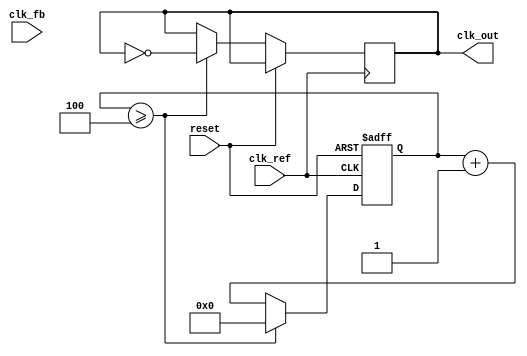
module CP_PLL (
    input wire clk_ref,         // Reference clock input
    input wire clk_fb,          // Feedback clock input
    input wire reset,           // Asynchronous reset
    output reg clk_out          // Output clock
);

// Parameters
parameter N = 4;               // Division ratio for feedback divider
parameter Kp = 1;              // Charge pump gain (current source)
parameter Kvco = 1;            // VCO gain (frequency per voltage)

// Internal signals
reg [1:0] pfd_state;           // State of the Phase Frequency Detector
reg [7:0] charge_pump_output;  // Charge pump output voltage (scaled)
reg [7:0] loop_filter_output;   // Filtered voltage to VCO
reg [7:0] vco_output;           // VCO output frequency
reg [15:0] counter;             // Frequency division counter

// Phase Frequency Detector (PFD)
always @(posedge clk_ref or posedge reset) begin
    if (reset) begin
        pfd_state <= 2'b00; // Reset state
    end else begin
        // Simple PFD implementation
        if (clk_ref && !clk_fb) begin
            pfd_state <= 2'b01; // UP
        end else if (!clk_ref && clk_fb) begin
            pfd_state <= 2'b10; // DOWN
        end
    end
end

// Charge Pump
always @(posedge clk_ref or posedge reset) begin
    if (reset) begin
        charge_pump_output <= 8'b00000000; // Reset output
    end else begin
        case (pfd_state)
            2'b01: charge_pump_output <= charge_pump_output + Kp; // UP
            2'b10: charge_pump_output <= charge_pump_output - Kp; // DOWN
            default: charge_pump_output <= charge_pump_output; // Hold
        endcase
    end
end

// Loop Filter (Simple Integrator)
always @(posedge clk_ref or posedge reset) begin
    if (reset) begin
        loop_filter_output <= 8'b00000000; // Reset output
    end else begin
        loop_filter_output <= loop_filter_output + charge_pump_output; // Integrate charge pump output
    end
end

// Voltage-Controlled Oscillator (VCO)
always @(posedge clk_ref or posedge reset) begin
    if (reset) begin
        vco_output <= 8'b00000000; // Reset output
        counter <= 0;              // Reset counter
    end else begin
        vco_output <= loop_filter_output * Kvco; // Scale by VCO gain
        if (counter >= N) begin
            clk_out <= ~clk_out; // Toggle output clock
            counter <= 0;        // Reset counter
        end else begin
            counter <= counter + 1; // Increment counter
        end
    end
end

endmodule